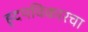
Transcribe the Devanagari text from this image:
हृदयविकारचा